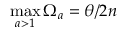
\operatorname* { m a x } _ { a > 1 } \Omega _ { a } = { \theta } / { 2 n }